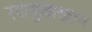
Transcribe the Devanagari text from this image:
रणदुल्लाखान